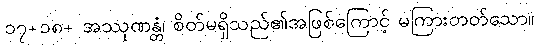
၁၇+၁၈+ အဿုဏန္တံ၊ စိတ်မရှိသည်၏အဖြစ်ကြောင့် မကြားတတ်သော။